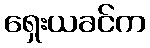
ရှေးယခင်က